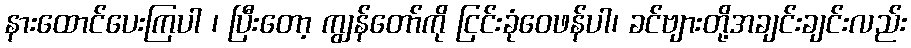
နားထောင်ပေးကြပါ ၊ ပြီးတော့ ကျွန်တော်ကို ငြင်းခုံဝေဖန်ပါ၊ ခင်ဗျားတို့အချင်းချင်းလည်း